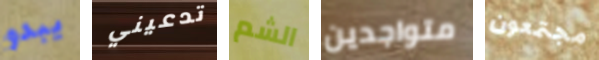
يبدو تدعيني الشم متواجدين مجتمعون